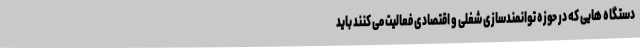
دستگاه هایی که در حوزه توانمندسازی شغلی و اقتصادی فعالیت می کنند باید